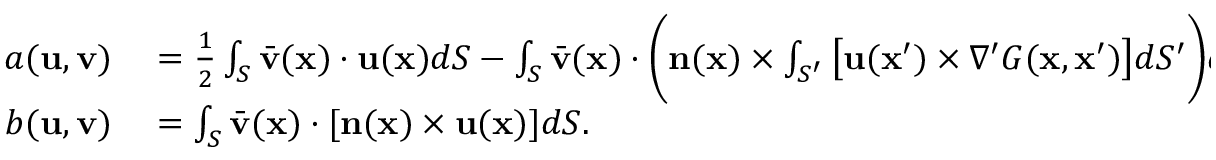
\begin{array} { r l } { a ( \mathbf { u } , \mathbf { v } ) } & { { } { } = \frac { 1 } { 2 } \int _ { S } \bar { \mathbf { v } } ( \mathbf { x } ) \cdot \mathbf { u } ( \mathbf { x } ) d S - \int _ { S } \bar { \mathbf { v } } ( \mathbf { x } ) \cdot \bigg ( \mathbf { n } ( \mathbf { x } ) \times \int _ { S ^ { \prime } } \big [ \mathbf { u } ( \mathbf { x } ^ { \prime } ) \times \nabla ^ { \prime } G ( \mathbf { x } , \mathbf { x } ^ { \prime } ) \big ] d S ^ { \prime } \bigg ) d S , } \\ { b ( \mathbf { u } , \mathbf { v } ) } & { { } { } = \int _ { S } \bar { \mathbf { v } } ( \mathbf { x } ) \cdot [ \mathbf { n } ( \mathbf { x } ) \times \mathbf { u } ( \mathbf { x } ) ] d S . } \end{array}